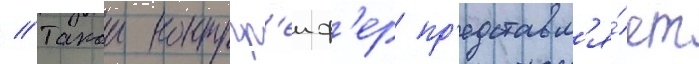
// Такои контргр'еиф'ер пр'едставл'я́ет